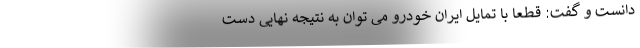
دانست و گفت: قطعا با تمایل ایران خودرو می توان به نتیجه نهایی دست